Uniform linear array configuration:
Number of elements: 16
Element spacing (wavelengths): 0.75
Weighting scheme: uniform
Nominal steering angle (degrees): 60
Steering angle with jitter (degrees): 59.437
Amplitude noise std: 0.05
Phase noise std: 0.05

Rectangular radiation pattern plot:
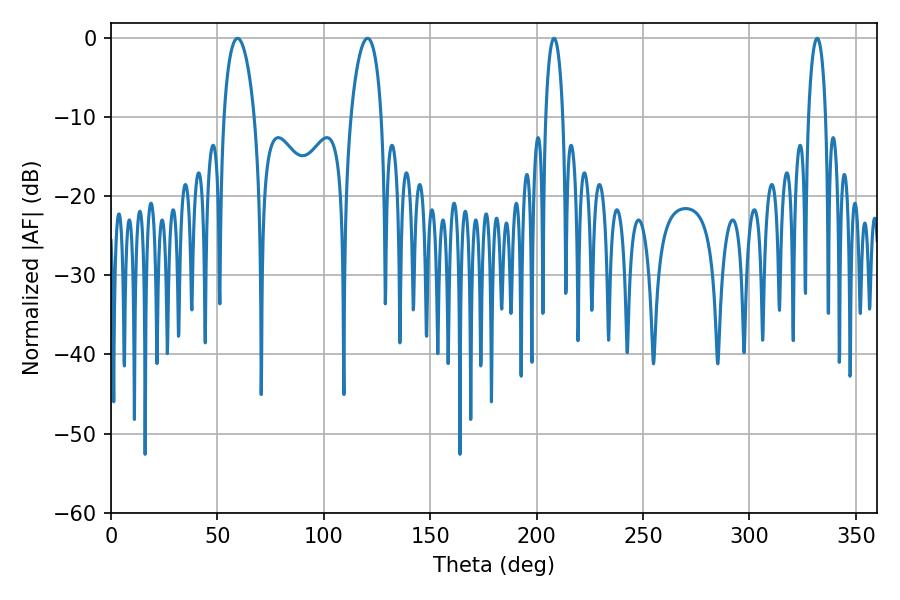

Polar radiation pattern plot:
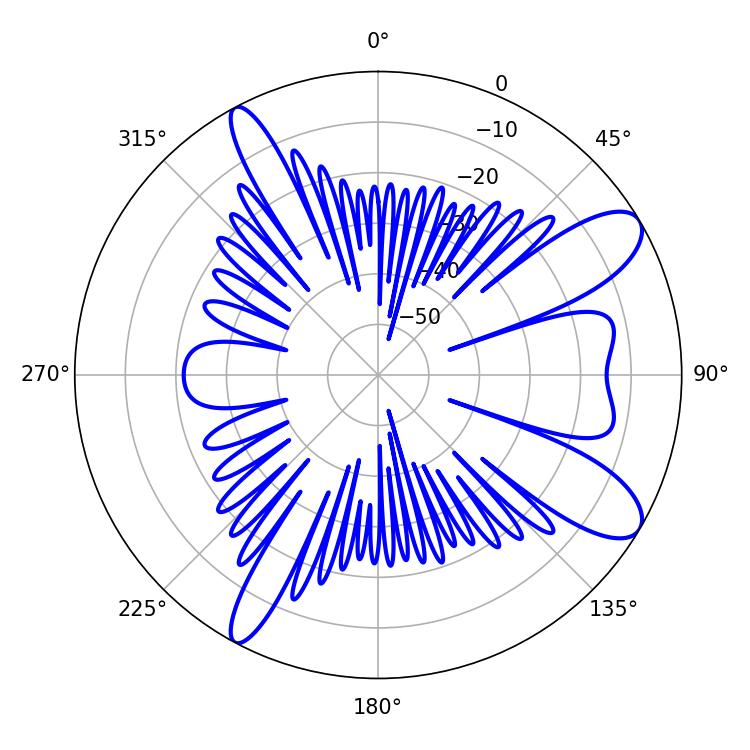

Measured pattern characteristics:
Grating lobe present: TRUE
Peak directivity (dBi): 10.028
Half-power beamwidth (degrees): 8.1
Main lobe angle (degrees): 59.4